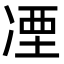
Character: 凐